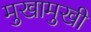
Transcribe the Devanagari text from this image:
मुखामुखी